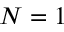
N = 1